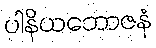
ပါနိယဘောဇနံ